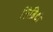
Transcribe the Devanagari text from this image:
सिब्रिदो